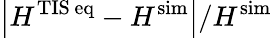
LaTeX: \left|H^{\mathrm{TIS\, eq}}-H^{\mathrm{sim}}\right|/H^{\mathrm{sim}}